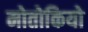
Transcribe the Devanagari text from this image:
मोतोकियो